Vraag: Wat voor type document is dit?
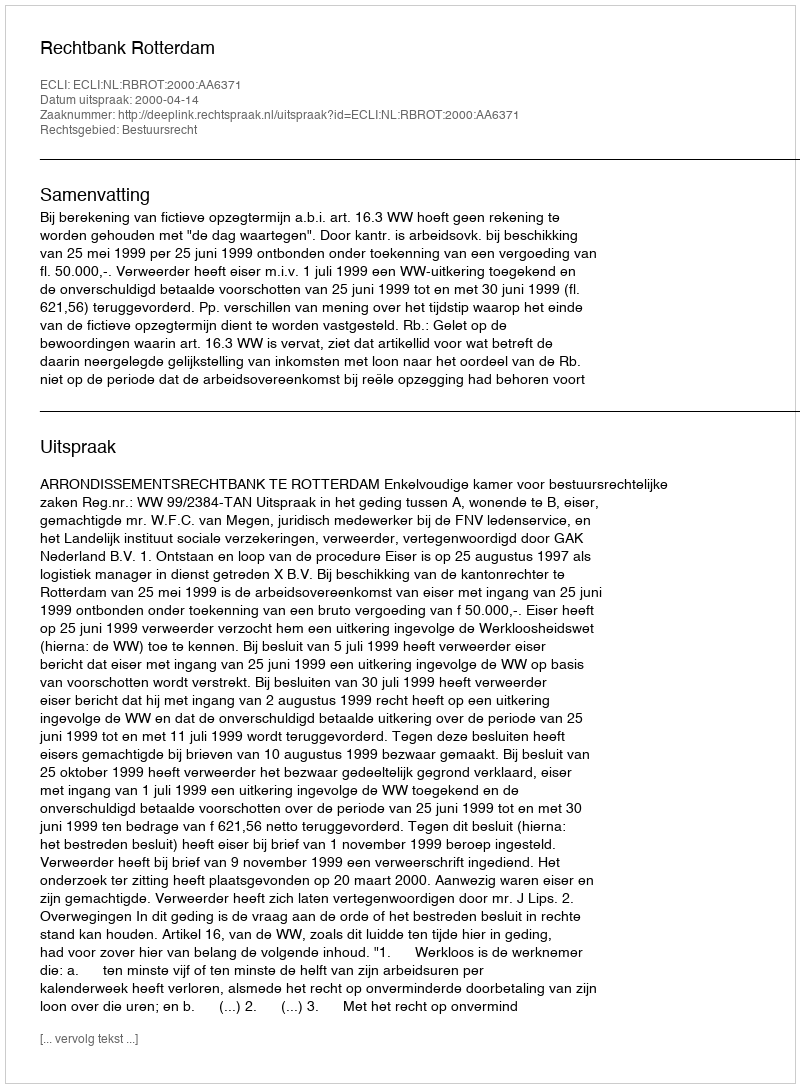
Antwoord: Uitspraak